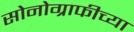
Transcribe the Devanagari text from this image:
सोनोग्राफीच्या